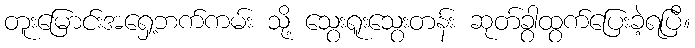
တူးမြောင်းအရှေ့ဘက်ကမ်း သို့ သွေးရူးသွေးတန်း ဆုတ်ခွာထွက်ပြေးခဲ့ရပြီ။